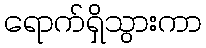
ရောက်ရှိသွားကာ